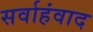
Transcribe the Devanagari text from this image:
सर्वाहंवाद